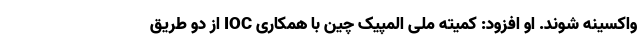
واکسینه شوند. او افزود: کمیته ملی المپیک چین با همکاری IOC از دو طریق